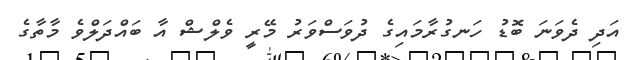
އަދި ދެވަނަ ބޮޑު ހަނގުރާމައިގެ ދުވަސްވަރު މޭރީ ވެލްޝް އާ ބައްދަލްވެ މާތާގެ